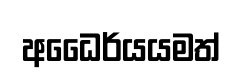
අධෛර්යයමත්